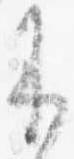
来